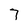
Character: 7